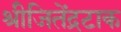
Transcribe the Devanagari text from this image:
श्रीजितेंद्रटाक